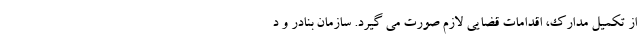
از تکمیل مدارک، اقدامات قضایی لازم صورت می گیرد. سازمان بنادر و د